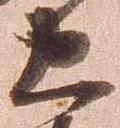
忠